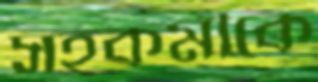
সহকর্মীকে